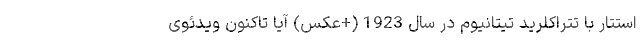
استتار با تتراکلرید تیتانیوم در سال 1923 (+عکس) آیا تاکنون ویدئوی